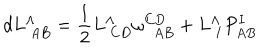
d L _ { \ A B } ^ { \Lambda } = { \frac { 1 } { 2 } } L _ { \ C D } ^ { \Lambda } \omega _ { \ \ A B } ^ { C D } + L _ { \ I } ^ { \Lambda } P _ { A B } ^ { I }